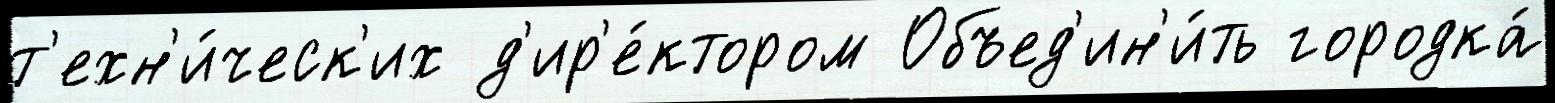
т'ехн'и́ческ'их д'ир'е́ктором Объед'ин'и́ть городка́